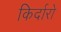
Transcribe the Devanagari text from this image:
किर्दारो